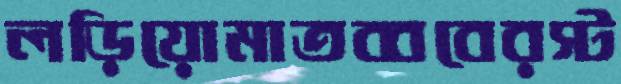
লড়িয়োমাতব্ববেরস্ট